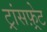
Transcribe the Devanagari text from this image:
ट्रांसफ़्रेट